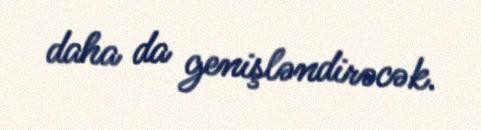
daha da genişləndirəcək.